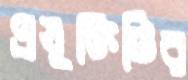
প্রযুক্তিটির